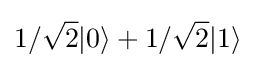
1/{\sqrt {2}}|0\rangle +1/{\sqrt {2}}|1\rangle